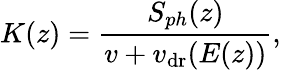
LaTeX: K(z)=\frac{S_{ph}(z)}{v+v_{\mathrm{dr}}(E(z))},